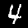
Digit: 4